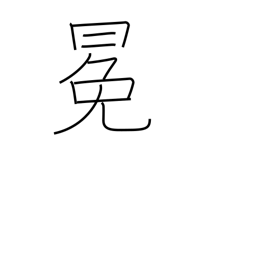
Meaning: crown